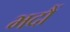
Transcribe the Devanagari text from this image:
भदौं